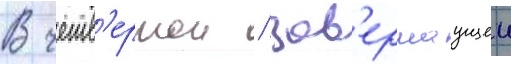
В четв'ертои / зав'ершаущеи